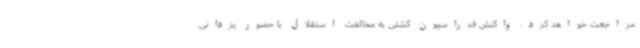
مراجعت خواهد کرد. واکنش فدراسیون کشتی به مخالفت استقلال با حضور یزدانی